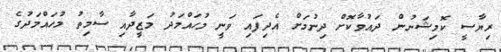
ރިޔާސީ ކޮމިޝަނުން ދައުވާކޮށް ދިނުމަށް އެދިފައި ވަނީ މުހައްމަދު މަޒީދާއި ސާމިތު މުހައްމަދުގެ